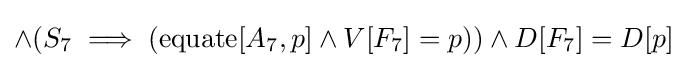
\land (S_{7}\implies (\operatorname {equate} [A_{7},p]\land V[F_{7}]=p))\land D[F_{7}]=D[p]